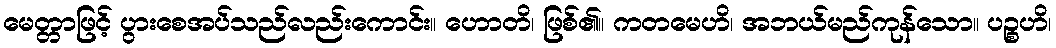
မေတ္တာဖြင့် ပွားစေအပ်သည်လည်းကောင်း။ ဟောတိ၊ ဖြစ်၏။ ကတမေဟိ၊ အဘယ်မည်ကုန်သော။ ပဉ္စဟိ၊